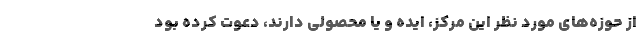
از حوزه‌های مورد نظر این مرکز، ایده و یا محصولی دارند، دعوت کرده بود